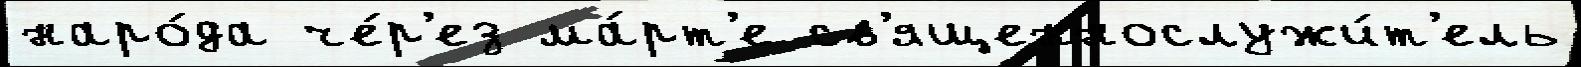
наро́да че́р'ез ма́рт'е св'ященнослужи́т'ель